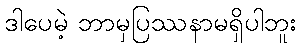
ဒါပေမဲ့ ဘာမှပြဿနာမရှိပါဘူး